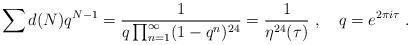
LaTeX: \begin{align*}\sum d(N) q^{N-1} = \frac{1}{q \prod_{n=1}^\infty (1-q^n)^{24}}=\frac{1}{\eta^{24}(\tau)}\ ,\quad q=e^{2\pi i\tau}\ .\end{align*}